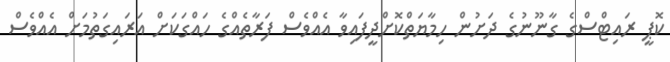
ކޮޕީ ރައިޓްސްގެ ގާނޫނުގެ ދަށުން ހިމާޔަތްކޮށްދީފައިވާ އެއްވެސް ފަރާތެއްގެ ހައްގަކަށް އަރައިގަތުމަށް އެއްވެސް